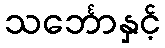
သင်္ဘောနှင့်